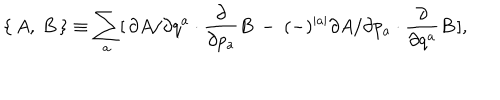
\{ \, A , \: B \, \} \equiv \sum _ { a } [ \, \partial A / \partial q ^ { a } \cdot \frac { \partial } { \partial p _ { a } } B \: - \: ( - ) ^ { \mid a \mid } \partial A / \partial p _ { a } \cdot \frac { \partial } { \partial q ^ { a } } B \, ] ,